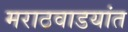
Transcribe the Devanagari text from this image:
मराठवाडयांत